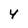
Character: 4